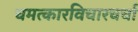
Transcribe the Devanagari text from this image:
चमत्कारविचारचर्चा